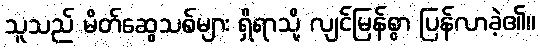
သူသည် မိတ်ဆွေသစ်များ ရှိရာသို့ လျင်မြန်စွာ ပြန်လာခဲ့၏။